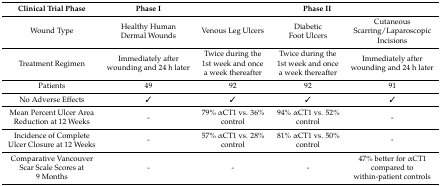
<table><thead><tr><td><b>Clinical Trial Phase</b></td><td><b>Phase I</b></td><td colspan="3"><b>Phase II</b></td></tr></thead><tbody><tr><td>Wound Type</td><td>Healthy Human Dermal Wounds</td><td>Venous Leg Ulcers</td><td>Diabetic Foot Ulcers</td><td>Cutaneous Scarring/Laparoscopic Incisions</td></tr><tr><td>Treatment Regimen</td><td>Immediately after wounding and 24 h later</td><td>Twice during the 1st week and once a week thereafter</td><td>Twice during the 1st week and once a week thereafter</td><td>Immediately after wounding and 24 h later</td></tr><tr><td>Patients</td><td>49</td><td>92</td><td>92</td><td>91</td></tr><tr><td>No Adverse Effects</td><td>✓</td><td>✓</td><td>✓</td><td>✓</td></tr><tr><td>Mean Percent Ulcer Area Reduction at 12 Weeks</td><td>-</td><td>79% αCT1 vs. 36% control</td><td>94% αCT1 vs. 52% control</td><td>-</td></tr><tr><td>Incidence of Complete Ulcer Closure at 12 Weeks</td><td>-</td><td>57% αCT1 vs. 28% control</td><td>81% αCT1 vs. 50% control</td><td>-</td></tr><tr><td>Comparative Vancouver Scar Scale Scores at 9 Months</td><td>-</td><td>-</td><td>-</td><td>47% better for αCT1 compared to within-patient controls</td></tr></tbody></table>